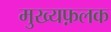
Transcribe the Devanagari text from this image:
मुख्यफ़लक